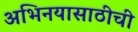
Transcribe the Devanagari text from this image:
अभिनयासाठीची